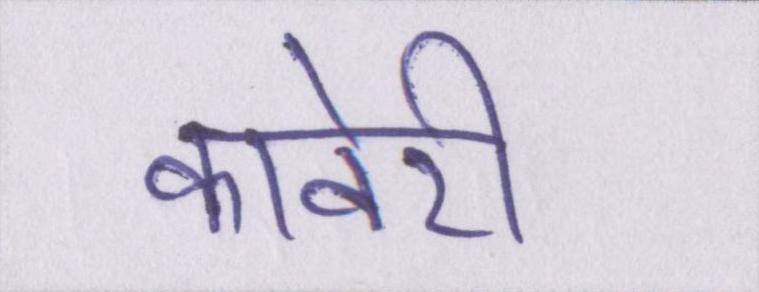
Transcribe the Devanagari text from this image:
कावेरी